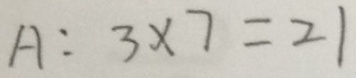
A : 3 \times 7 = 2 1